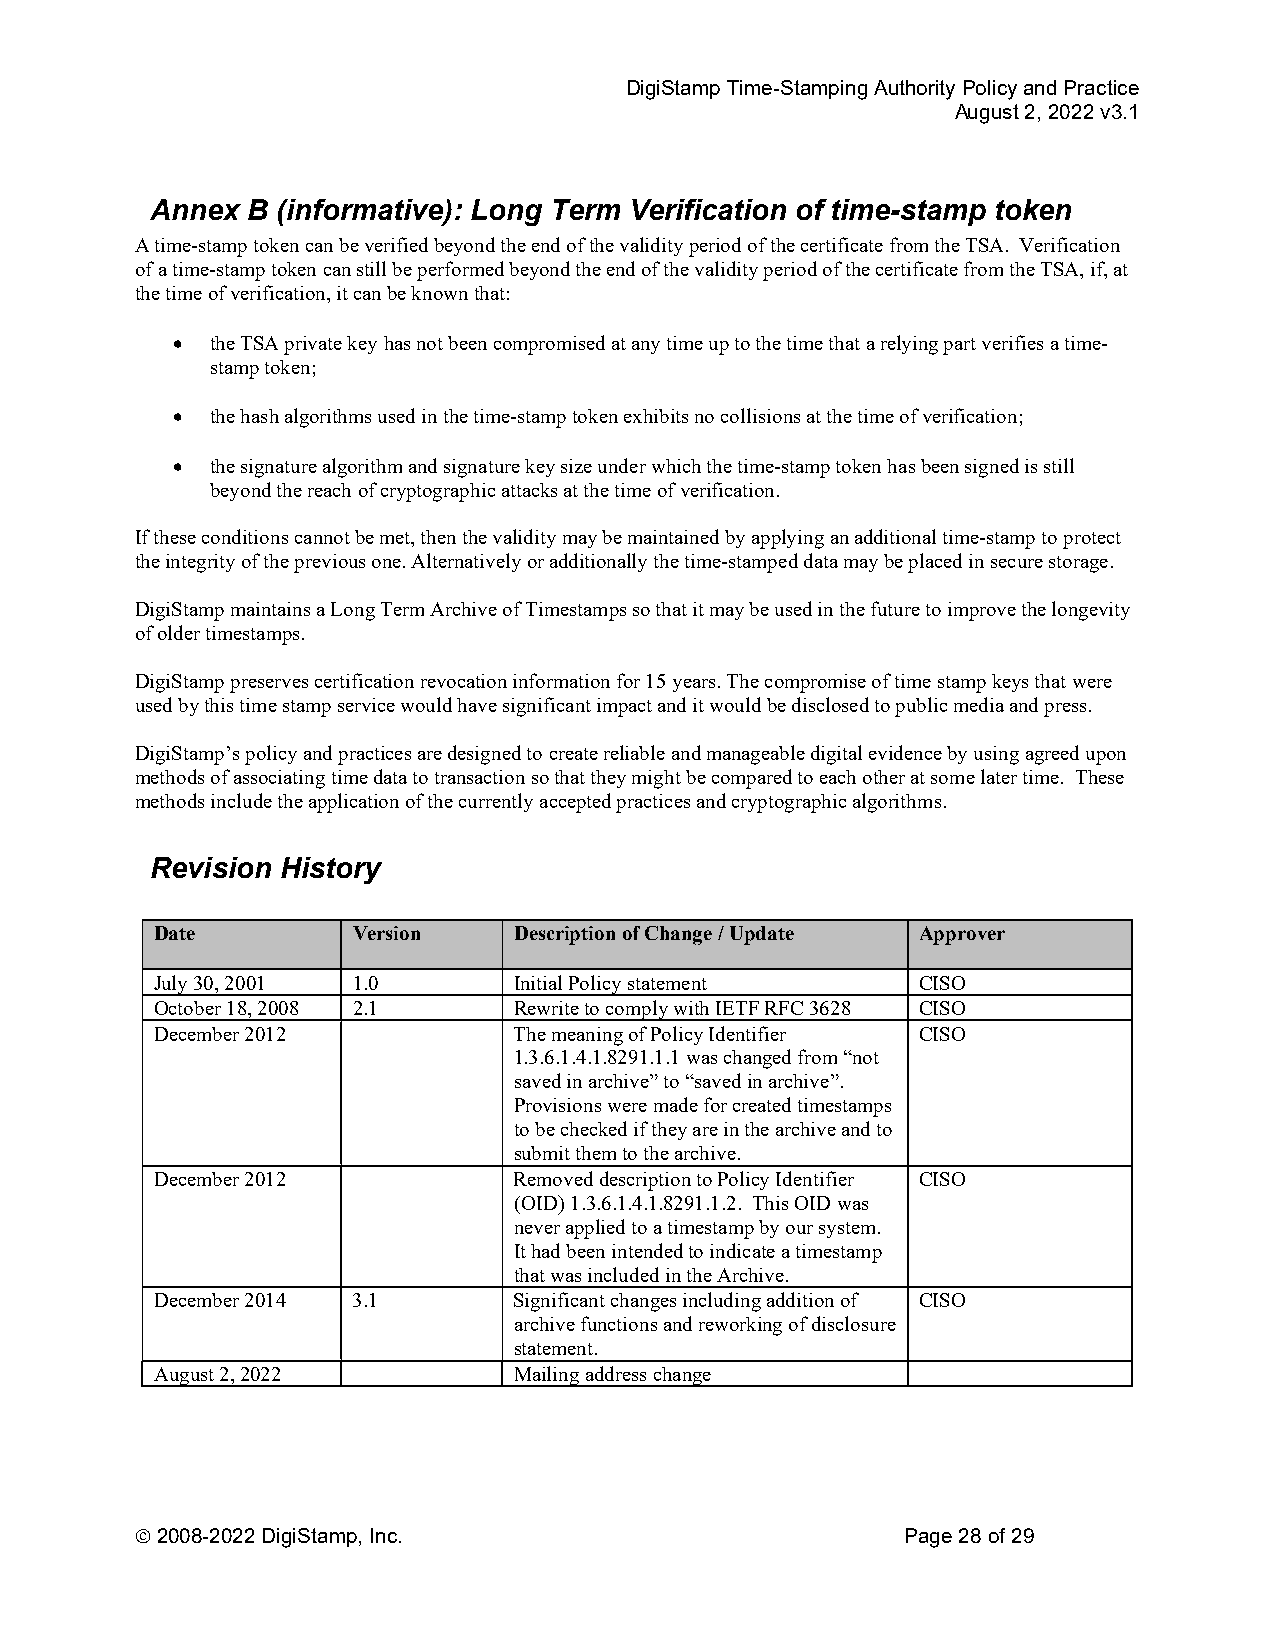
DigiStamp Time-Stamping Authority Policy and Practice
 August 2, 2022 v3.1
 Annex B (informative): Long Term Verification of time-stamp token
 A time-stamp token can be verified beyond the end of the validity period of the certificate from the TSA. Verification
 of a time-stamp token can still be performed beyond the end of the validity period of the certificate from the TSA, if, at
 the time of verification, it can be known that:
   the TSA private key has not been compromised at any time up to the time that a relying part verifies a time-
 stamp token;
   the hash algorithms used in the time-stamp token exhibits no collisions at the time of verification;
   the signature algorithm and signature key size under which the time-stamp token has been signed is still
 beyond the reach of cryptographic attacks at the time of verification.
 If these conditions cannot be met, then the validity may be maintained by applying an additional time-stamp to protect
 the integrity of the previous one. Alternatively or additionally the time-stamped data may be placed in secure storage.
 DigiStamp maintains a Long Term Archive of Timestamps so that it may be used in the future to improve the longevity
 of older timestamps.
 DigiStamp preserves certification revocation information for 15 years. The compromise of time stamp keys that were
 used by this time stamp service would have significant impact and it would be disclosed to public media and press.
 DigiStamp’s policy and practices are designed to create reliable and manageable digital evidence by using agreed upon
 methods of associating time data to transaction so that they might be compared to each other at some later time. These
 methods include the application of the currently accepted practices and cryptographic algorithms.
 Revision History
 Date         Version    Description of Change / Update Approver
 July 30, 2001 1.0       Initial Policy statement   CISO
 October 18, 2008 2.1    Rewrite to comply with IETF RFC 3628 CISO
 December 2012           The meaning of Policy Identifier CISO
 1.3.6.1.4.1.8291.1.1 was changed from “not
 saved in archive” to “saved in archive”.
 Provisions were made for created timestamps
 to be checked if they are in the archive and to
 submit them to the archive.
 December 2012           Removed description to Policy Identifier CISO
 (OID) 1.3.6.1.4.1.8291.1.2. This OID was
 never applied to a timestamp by our system.
 It had been intended to indicate a timestamp
 that was included in the Archive.
 December 2014 3.1       Significant changes including addition of CISO
 archive functions and reworking of disclosure
 statement.
 August 2, 2022          Mailing address change
  2008-2022 DigiStamp, Inc.                        Page 28 of 29